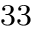
^ \mathrm { 3 3 }